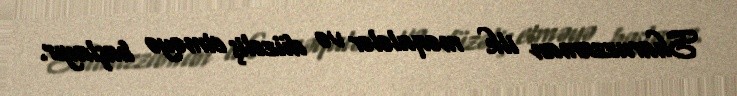
Sharuzzaman ilk məqalələr və düzəliş etməyə başlayır.